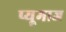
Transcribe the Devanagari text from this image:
प्यूमाज